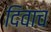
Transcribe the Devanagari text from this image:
दिवाच